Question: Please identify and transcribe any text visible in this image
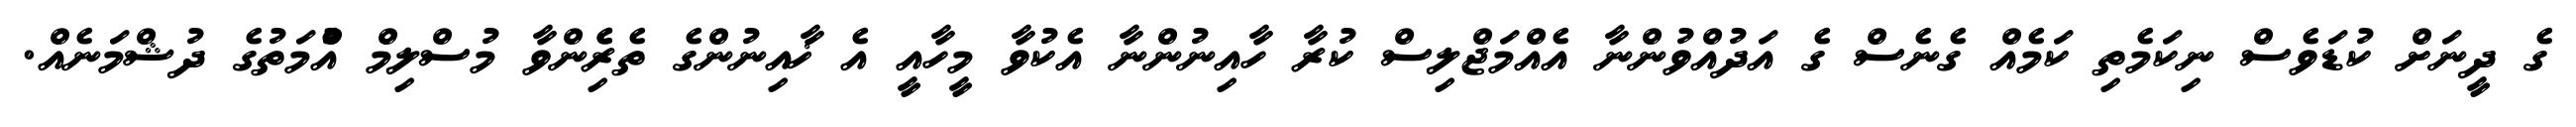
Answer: ގެ ދީނަށް ކުޑަވެސް ނިކަމެތި ކަމެއް ގެނެސް ގެ އަދުއްވުންނާ އެއްމަޖްލިސް ކުރާ ހާއިނުންނާ އެކުވާ މީހާއީ އެ ޚާއިނުންގެ ތެރެެިންވާ މުސްލިމް އުެްމަތުގެ ދުޝްމަނެއް.